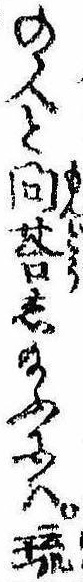
の人と問答し給ふには琉